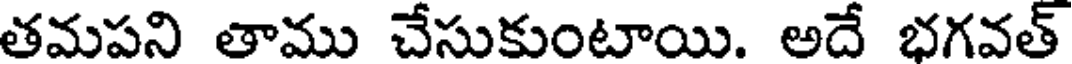
తమపని తాము చేసుకుంటాయి. అదే భగవత్